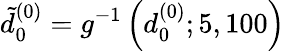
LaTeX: \tilde{d}_{0}^{(0)}=g^{-1}\left(d_{0}^{(0)};5,100\right)